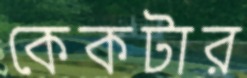
কেকটার